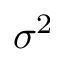
\sigma ^ { 2 }